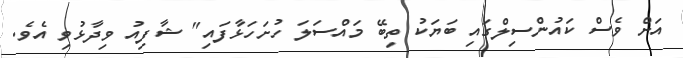
އަށް ވެސް ކައުންސިލްގައި ބަޔަކު ތިބޭ މައްސަލަ ހުށަހަޅާފައި" ޝާފިއު ވިދާޅުވި އެވެ.